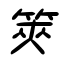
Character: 筴